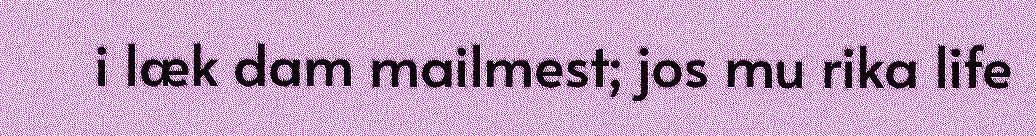
i læk dam mailmest; jos mu rika life